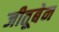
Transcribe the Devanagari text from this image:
जीतूबेन